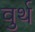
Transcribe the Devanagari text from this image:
वुर्थ